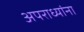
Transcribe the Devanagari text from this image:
अपराध्यांना